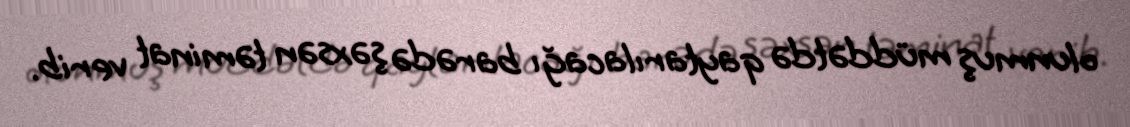
olunmuş müddətdə qaytarılacağı barədə şəxsən təminat verib.